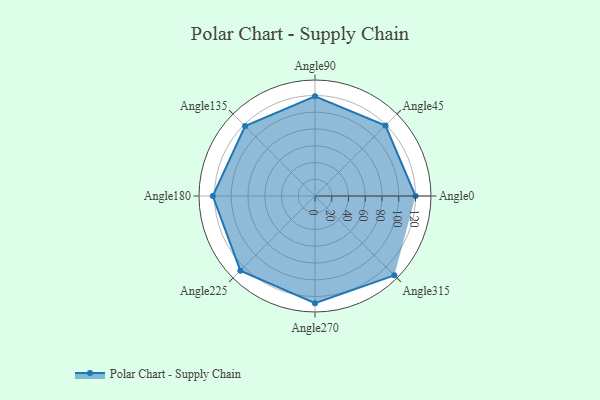
{"axis": {"x": "Angle", "y": "Radius"}, "legend": [""], "data": [{"x": "Angle0", "y": 120.0, "type": ""}, {"x": "Angle45", "y": 119.0, "type": ""}, {"x": "Angle90", "y": 119.0, "type": ""}, {"x": "Angle135", "y": 118.0, "type": ""}, {"x": "Angle180", "y": 122.0, "type": ""}, {"x": "Angle225", "y": 126.0, "type": ""}, {"x": "Angle270", "y": 128.0, "type": ""}, {"x": "Angle315", "y": 134.0, "type": ""}]}